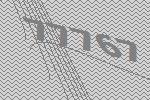
77767